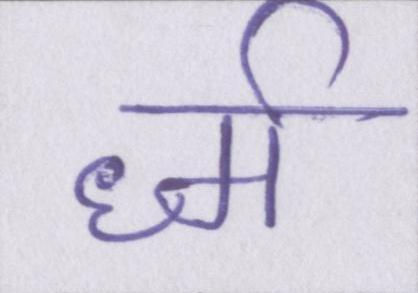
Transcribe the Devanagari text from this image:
र्ध्म